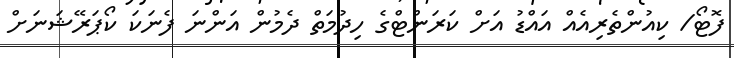
ފޮޓޯ/ ކިއުންތެެރިއެއް އައްޑު އަށް ކަރަންޓްގެ ހިދުމަތް ދެމުން އަންނަ ފެނަކަ ކޯޕަރޭޝަނަށް